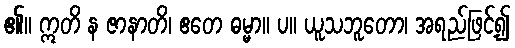
၏။ ဣတိ န ဇာနာတိ၊ ဧတေ ဓမ္မာ။ ပ။ ယူသဘူတော၊ အရည်ဖြင့်၍